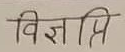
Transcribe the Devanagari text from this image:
विज्ञानि